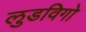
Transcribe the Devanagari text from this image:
लुडविगो